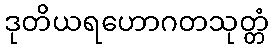
ဒုတိယရဟောဂတသုတ္တံ